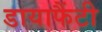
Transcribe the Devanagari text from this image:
डायाफैंटी